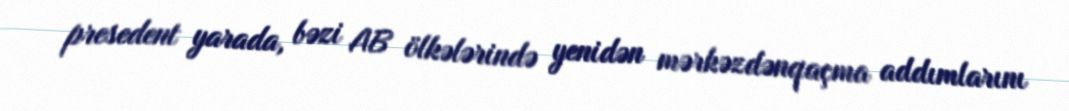
presedent yarada, bəzi AB ölkələrində yenidən mərkəzdənqaçma addımlarını